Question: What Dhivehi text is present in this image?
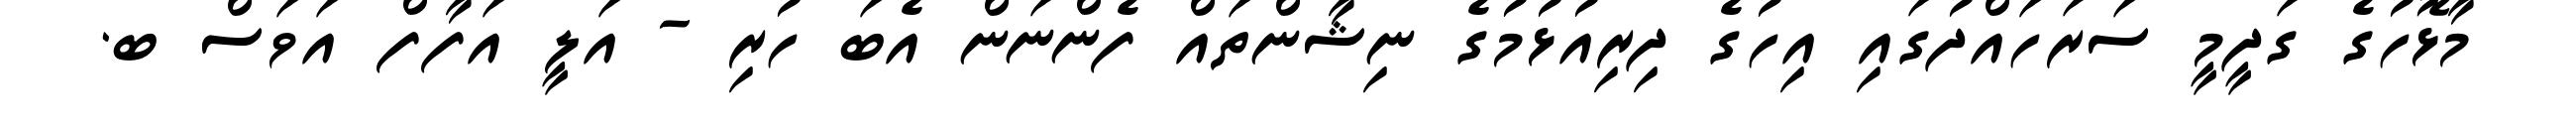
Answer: މާޅޮހުގެ ގަދީމީ ސަރަހައްދުގައި އިހުގެ ދިރިއުޅުމުގެ ނިޝާންތައް ފެންނަން އެބަ ހުރި - އަލީ އަފާފް އަވަސް ބ.